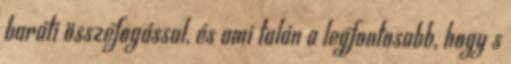
baráti összefogással, és ami talán a legfontosabb, hogy s